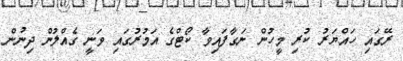
ރޭގައި ހައްޔަރު ކުރި މީހުން ނަގާފައިވާ ކޯޓްގެ އަމުރުގައި ވަނީ ގެއްލުން ދިނުން